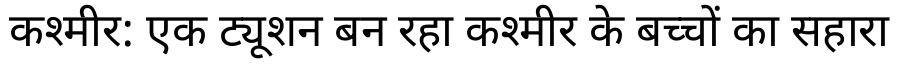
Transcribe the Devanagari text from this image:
कश्मीर: एक ट्यूशन बन रहा कश्मीर के बच्चों का सहारा